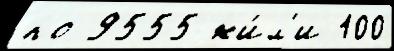
по 9555 жи́л'и 100